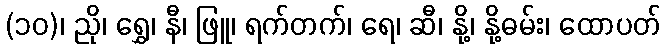
(၁၀)၊ ညို၊ ရွှေ၊ နီ၊ ဖြူ၊ ရက်တက်၊ ရေ၊ ဆီ၊ နို့၊ နို့ဓမ်း၊ ထောပတ်